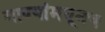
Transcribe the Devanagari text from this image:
गाण्यांमधूनच